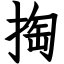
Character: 掏